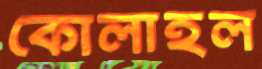
কোলাহল